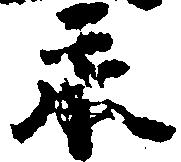
永